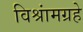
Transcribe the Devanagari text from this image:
विश्रांमग्रहे